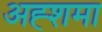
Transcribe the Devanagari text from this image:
अह्शमा